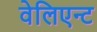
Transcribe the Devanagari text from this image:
वेलिएन्ट